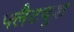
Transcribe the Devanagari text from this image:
फ्लैटबुश